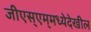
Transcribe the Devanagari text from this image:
जीएस्‌एम्‌मध्येदेखील